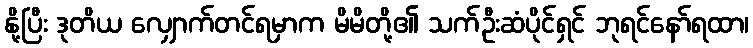
နို့ပြီး ဒုတိယ လျှောက်တင်ရမှာက မိမိတို့၏ သက်ဦးဆံပိုင်ရှင် ဘုရင်နော်ရထာ၊